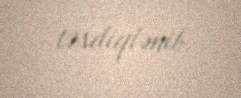
təsdiqlənib.